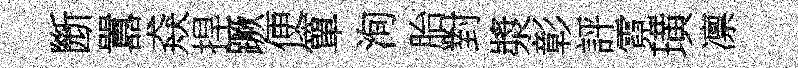
㫁囂猋捍蹶便簞洵胎對漿彰評霓璜凛